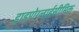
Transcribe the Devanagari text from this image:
हाइपोग्लाईसीमिक